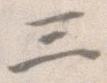
三